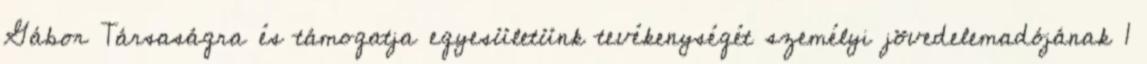
Gábor Társaságra és támogatja egyesületünk tevékenységét személyi jövedelemadójának 1